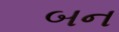
બન